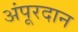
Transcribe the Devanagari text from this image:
अंपूरदान